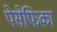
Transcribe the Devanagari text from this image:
पेसेफिका